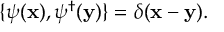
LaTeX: \{ \psi ( { \bf x } ) , \psi ^ { \dagger } ( { \bf y } ) \} = \delta ( { \bf x - y } ) .